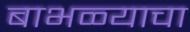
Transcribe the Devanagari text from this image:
बाभळ्याचा